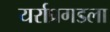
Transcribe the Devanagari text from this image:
यर्राप्रगडला